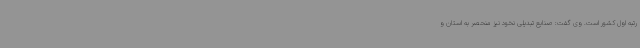
رتبه اول کشور است. وی گفت: صنایع تبدیلی نخود نیز منحصر به استان و